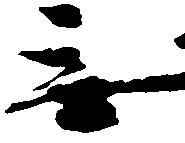
無